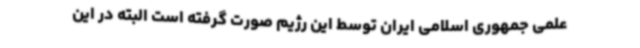
علمی جمهوری اسلامی ایران توسط این رژیم صورت گرفته است البته در این